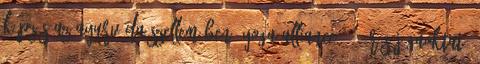
képzés az Ayurvéda szellemében. Yoga Alliance 200 órás jógaoktató